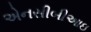
એનસીબીઆઇ